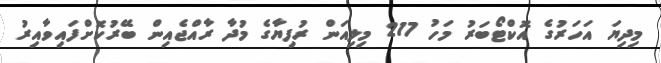
މިދިޔަ އަހަރުގެ އޮކްޓޯބަރު މަހު 217 މިލިއަން ރުފިޔާގެ މުދާ ރާއްޖެއިން ބޭރުކޮށްފައިވާއިރު